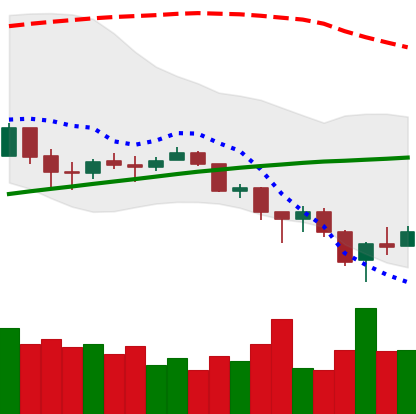
Ticker: BTC-USD
Chart end date: 2018-02-08
Forward return: 4.025%
Label: up_3_5